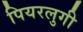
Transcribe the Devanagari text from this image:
पियरलुगी